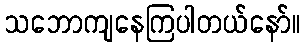
သဘောကျနေကြပါတယ်နော်။